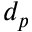
d _ { p }